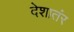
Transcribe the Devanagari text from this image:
देशातंर